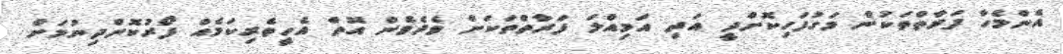
އެންމެހާ ފަރާތްތަކުން މަގުފަހިކޮށްދީ އަދި އަމިއްލަ ފަރާތްތަކަށް ވެދެވެން އޮތް އެހީތެރިކަމެއް ފޯރުކޮށްދިނުމަށް